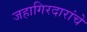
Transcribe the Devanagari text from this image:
जहागिरदारांचे